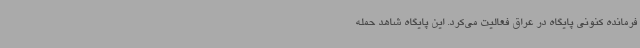
فرمانده کنونی پایگاه در عراق فعالیت می‌کرد. این پایگاه شاهد حمله